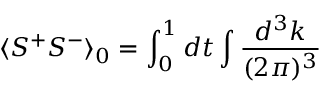
\langle S ^ { + } S ^ { - } \rangle _ { 0 } = \int _ { 0 } ^ { 1 } d t \int \frac { d ^ { 3 } k } { ( 2 \pi ) ^ { 3 } }